Report on the working of the mental hospitals for Indians in Bihar and Orissa - 1925-1929
Year: 1925
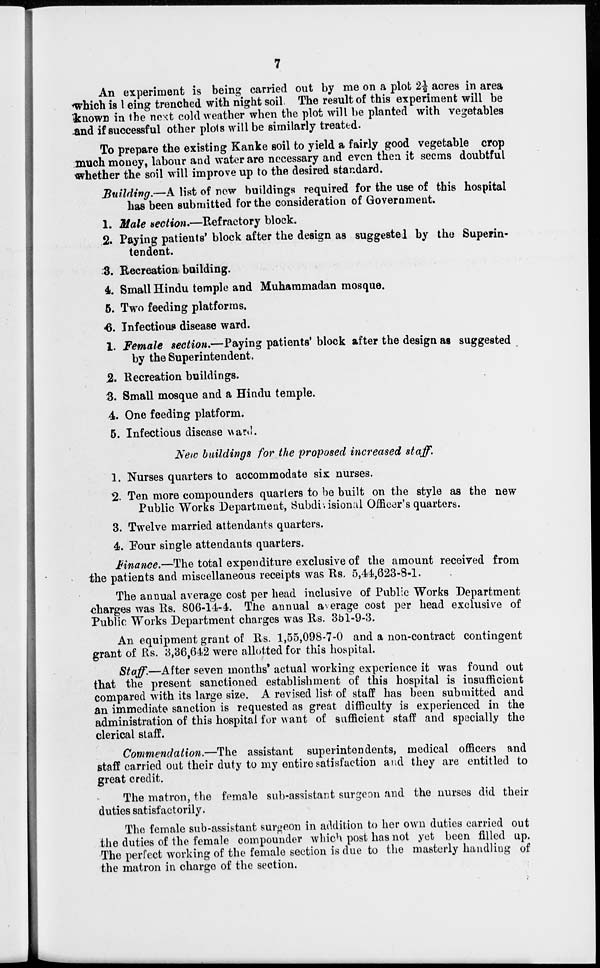
7
An experiment is being carried out by me on a plot 2½ acres in area
which is being trenched with night soil.The result of this experiment will be
known in the next cold weather when the plot will be planted with vegetables
and if successful other plots will be similarly treated.
To prepare the existing Kanke soil to yield a fairly good vegetable crop
much money, labour and water are necessary and even then it seems doubtful
whether the soil will improve up to the desired standard.
Building.—A list of new buildings required for the use of this hospital
has been submitted for the consideration of Government.
1. Male section.—Refractory block.
2. Paying patients' block after the design as suggested by the Superin-
tendent.
3. Recreation building.
4. Small Hindu temple and Muhammadan mosque.
5. Two feeding platforms.
6. Infectious disease ward.
1. Female section.—Paying patients' block after the design as suggested
by the Superintendent.
2. Recreation buildings.
3. Small mosque and a Hindu temple.
4. One feeding platform.
5. Infectious disease ward.
New buildings for the proposed increased staff.
1. Nurses quarters to accommodate six nurses.
2. Ten more compounders quarters to be built on the style as the new
Public Works Department, Subdivisional Officer's quarters.
3. Twelve married attendants quarters.
4. Four single attendants quarters.
Finance.—The total expenditure exclusive of the amount received from
the patients and miscellaneous receipts was Rs. 5,44,623-8-1.
The annual average cost per head inclusive of Public Works Department
charges was Rs. 806-14-4. The annual average cost per head exclusive of
Public Works Department charges was Rs. 351-9-3.
An equipment grant of Rs. 1,55,098-7-0 and a non-contract contingent
grant of Rs. 3,36,642 were allotted for this hospital.
Staff.—After seven months' actual working experience it was found out
that the present sanctioned establishment of this hospital is insufficient
compared with its large size. A revised list of staff has been submitted and
an immediate sanction is requested as great difficulty is experienced in the
administration of this hospital for want of sufficient staff and specially the
clerical staff.
Commendation.—The assistant superintendents, medical officers and
staff carried out their duty to my entire satisfaction and they are entitled to
great credit.
The matron, the female sub-assistant surgeon and the nurses did their
duties satisfactorily.
The female sub-assistant surgeon in addition to her own duties carried out
the duties of the female compounder which post has not yet been filled up.
The perfect working of the female section is due to the masterly handling of
the matron in charge of the section.